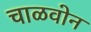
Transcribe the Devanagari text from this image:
चाळवोन